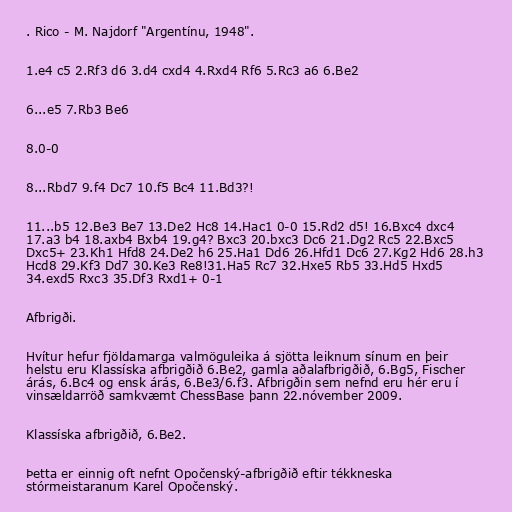
. Rico - M. Najdorf "Argentínu, 1948".

1.e4 c5 2.Rf3 d6 3.d4 cxd4 4.Rxd4 Rf6 5.Rc3 a6 6.Be2

6...e5 7.Rb3 Be6

8.0-0

8...Rbd7 9.f4 Dc7 10.f5 Bc4 11.Bd3?!

11...b5 12.Be3 Be7 13.De2 Hc8 14.Hac1 0-0 15.Rd2 d5! 16.Bxc4 dxc4
17.a3 b4 18.axb4 Bxb4 19.g4? Bxc3 20.bxc3 Dc6 21.Dg2 Rc5 22.Bxc5
Dxc5+ 23.Kh1 Hfd8 24.De2 h6 25.Ha1 Dd6 26.Hfd1 Dc6 27.Kg2 Hd6 28.h3
Hcd8 29.Kf3 Dd7 30.Ke3 Re8!31.Ha5 Rc7 32.Hxe5 Rb5 33.Hd5 Hxd5
34.exd5 Rxc3 35.Df3 Rxd1+ 0-1

Afbrigði.

Hvítur hefur fjöldamarga valmöguleika á sjötta leiknum sínum en þeir
helstu eru Klassíska afbrigðið 6.Be2, gamla aðalafbrigðið, 6.Bg5, Fischer
árás, 6.Bc4 og ensk árás, 6.Be3/6.f3. Afbrigðin sem nefnd eru hér eru í
vinsældarröð samkvæmt ChessBase þann 22.nóvember 2009.

Klassíska afbrigðið, 6.Be2.

Þetta er einnig oft nefnt Opočenský-afbrigðið eftir tékkneska
stórmeistaranum Karel Opočenský.